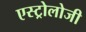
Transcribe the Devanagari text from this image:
एस्ट्रोलोजी